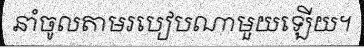
នាំចូលតាមរបៀបណាមួយឡើយ។